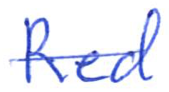
Text: Red
Cross-out: single-line
Writing tool: ballpoint